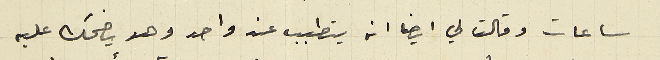
ساعات وقالت لي ايضاً انه يتطبب عند واحد وهو يضحك عليه